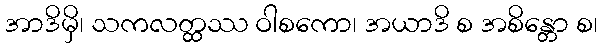
အာဒိမှိ၊ သကလတ္ထဿ ဝါစကော၊ အယာဒိ စ အစိန္တော စ၊